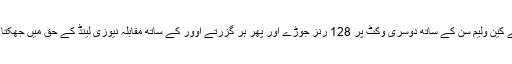
انہوں نے کین ولیم سن کے ساتھ دوسری وکٹ پر 128 رنز جوڑے اور پھر ہر گزرتے اوور کے ساتھ مقابلہ نیوزی لینڈ کے حق میں جھکتا چلا گیا۔